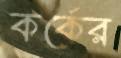
কর্কের